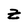
Character: z